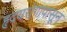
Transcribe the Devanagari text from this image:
हृदयरोगापासून